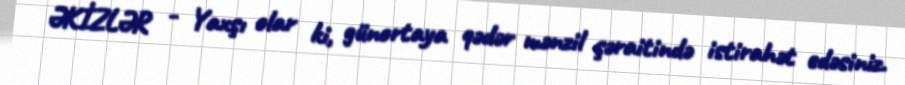
ƏKİZLƏR - Yaxşı olar ki, günortaya qədər mənzil şəraitində istirahət edəsiniz.